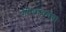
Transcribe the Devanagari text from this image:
गये।पंचगंगा